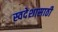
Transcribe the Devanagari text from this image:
स्वदेशासाठी